Lunatic asylums United Provinces 1899-1908 - 1899-1908
Year: 1899
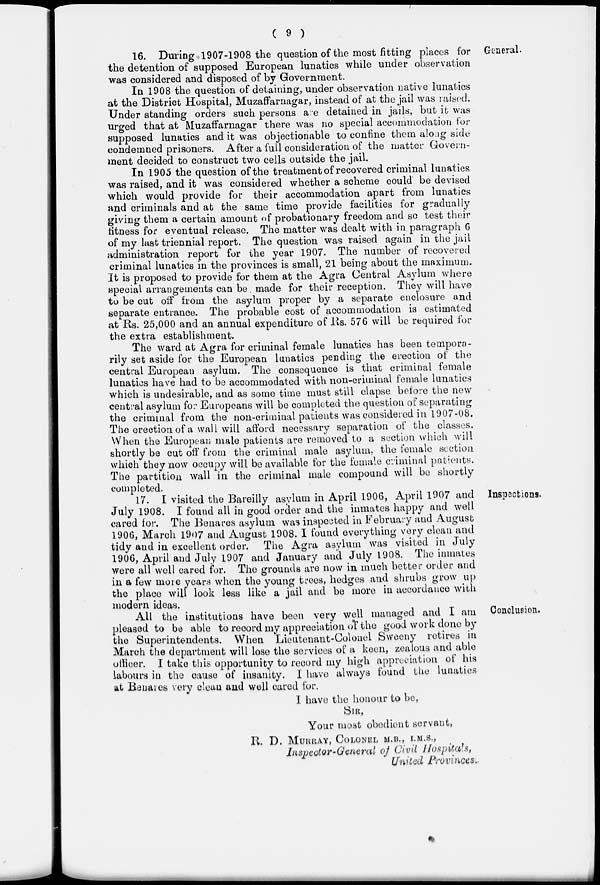
( 9 )
General.
16. During 1907-1908 the question of the most fitting places for
the detention of supposed European lunatics while under observation
was considered and disposed of by Government.
In 1908 the question of detaining, under observation native lunatics
at the District Hospital, Muzaffarnagar, instead of at the jail was raised.
Under standing orders such persons are detained in jails, but it was
urged that at Muzaffarnagar there was no special accommodation for
supposed lunatics and it was objectionable to confine them along side
condemned prisoners. After a full consideration of the matter Govern-
ment decided to construct two cells outside the jail.
In 1905 the question of the treatment of recovered criminal lunatics
was raised, and it was considered whether a scheme could be devised
which would provide for their accommodation apart from lunatics
and criminals and at the same time provide facilities for gradually
giving them a certain amount of probationary freedom and so test their
fitness for eventual release. The matter was dealt with in paragraph 6
of my last triennial report. The question was raised again in the jail
administration report for the year 1907. The number of recovered
criminal lunatics in the provinces is small, 21 being about the maximum.
It is proposed to provide for them at the Agra Central Asylum where
special arrangements can be. made for their reception. They will have
to be cut off from the asylum proper by a separate enclosure and
separate entrance. The probable cost of accommodation is estimated
at Rs. 25,000 and an annual expenditure of Rs. 576 will be required for
the extra establishment.
The ward at Agra for criminal female lunatics has been tempora-
rily set aside for the European lunatics pending the erection of the
central European asylum. The consequence is that criminal female
lunatics have had to be accommodated with non-criminal female lunatics
which is undesirable, and as some time must still elapse before the new
central asylum for Europeans will be completed the question of separating
the criminal from the non-criminal patients was considered in 1907-08.
The erection of a wall will afford necessary separation of the classes.
When the European male patients are removed to a section which will
shortly be cut off from the criminal male asylum, the female section
which they now occupy will be available for the female criminal patients.
The partition wall in the criminal male compound will be shortly
completed.
Inspections.
17. I visited the Bareilly asylum in April 1906, April 1907 and
July 1908. I found all in good order and the inmates happy and well
cared for. The Benares asylum was inspected in February and August
1906, March 1907 and August 1908. I found everything very clean and
tidy and in excellent order. The Agra asylum was visited in July
1906, April and July 1907 and January and July 1908. The inmates
were all well cared for. The grounds are now in much better order and
in a few more years when the young trees, hedges and shrubs grow up
the place will look less like a jail and be more in accordance with
modern ideas.
Conclusion.
All the institutions have been very well managed and I am
pleased to be able to record my appreciation of the good work done by
the Superintendents. When Lieutenant-Colonel Sweeny retires in
March the department will lose the services of a keen, zealous and able
officer. I take this opportunity to record my high appreciation of his
labours in the cause of insanity. I have always found the lunatics
at Benares very clean and well cared for.
I have the honour to be,
SIR,
Your most obedient servant,
R. D. MURRAY, COLONEL M.B., I.M.S.,
Inspector-General of Civil Hospitals,
United Provinces.